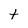
Character: t